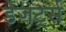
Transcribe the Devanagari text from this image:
डेजर्ट्स